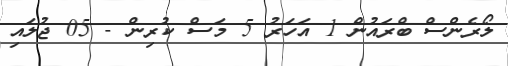
ލޯރެންސް ބްރައުން 1 އަހަރު 5 މަސް ކުރިން - 05 ޖުލައި